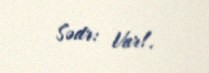
Sədr: Var!.